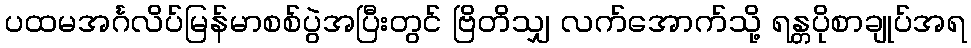
ပထမအင်္ဂလိပ်မြန်မာစစ်ပွဲအပြီးတွင် ဗြိတိသျှ လက်အောက်သို့ ရန္တပိုစာချုပ်အရ